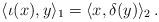
LaTeX: \begin{align*}\langle \iota(x), y \rangle_1 = \langle x,\delta(y) \rangle_2\,.\end{align*}